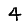
Digit: 4